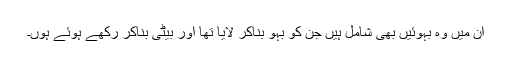
ان میں وہ بہوئیں بھی شامل ہیں جن کو بہو بناکر لایا تھا اور بیٹی بناکر رکھے ہوئے ہوں۔